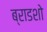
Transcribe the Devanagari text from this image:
ब्राडशो